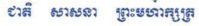
ជាតិ សាសនា ព្រះមហាក្សត្រ